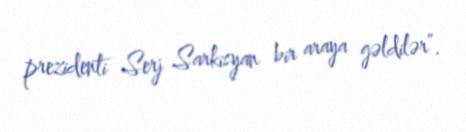
prezidenti Serj Sarkisyan bir araya gəldilər”.